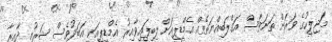
މަޖިލީހުގެ ވަރަށް ތަނަވަސް އަގްލަބިއްޔަތެއް އެމްޑީޕީއަށް ލިބިފައިވާއިރު އެމްޑީޕީއަކީ އަބަދުވެސް ޝަރުއީ ދާއިރާ